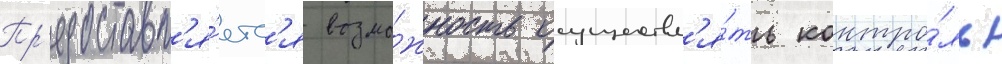
Пр'едоставл'я́етс'я возмо́жность осуществл'я́ть контро́ль